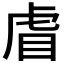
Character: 𮶺